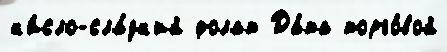
к'и́сло-сла́дк'ий фолат Да́та торго́вой